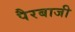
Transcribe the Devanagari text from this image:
पैरबाजी